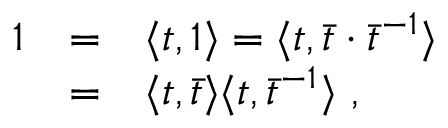
\begin{array} { r c l } { { 1 } } & { { = } } & { { \langle t , 1 \rangle = \langle t , { \bar { t } } \cdot { \bar { t } } ^ { - 1 } \rangle } } \\ { { } } & { { = } } & { { \langle t , \bar { t } \rangle \langle t , \bar { t } ^ { - 1 } \rangle ~ , } } \end{array}